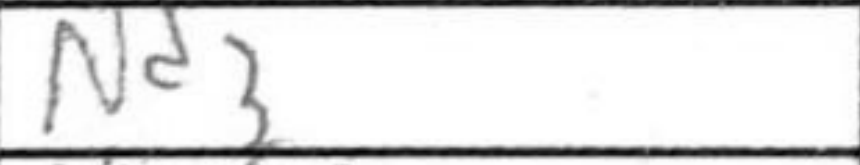
Transcription: Nd3